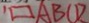
\square A B C D